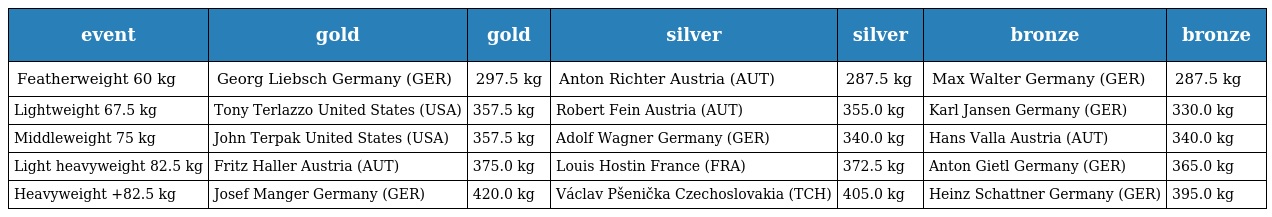
| event | gold | gold | silver | silver | bronze | bronze |
 | --- | --- | --- | --- | --- | --- | --- |
 | Featherweight 60 kg | Georg Liebsch Germany (GER) | 297.5 kg | Anton Richter Austria (AUT) | 287.5 kg | Max Walter Germany (GER) | 287.5 kg |
 | Lightweight 67.5 kg | Tony Terlazzo United States (USA) | 357.5 kg | Robert Fein Austria (AUT) | 355.0 kg | Karl Jansen Germany (GER) | 330.0 kg |
 | Middleweight 75 kg | John Terpak United States (USA) | 357.5 kg | Adolf Wagner Germany (GER) | 340.0 kg | Hans Valla Austria (AUT) | 340.0 kg |
 | Light heavyweight 82.5 kg | Fritz Haller Austria (AUT) | 375.0 kg | Louis Hostin France (FRA) | 372.5 kg | Anton Gietl Germany (GER) | 365.0 kg |
 | Heavyweight +82.5 kg | Josef Manger Germany (GER) | 420.0 kg | Václav Pšenička Czechoslovakia (TCH) | 405.0 kg | Heinz Schattner Germany (GER) | 395.0 kg |